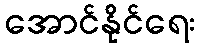
အောင်နိုင်ရေး